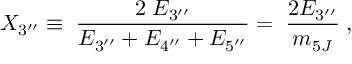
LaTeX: X _ { 3 ^ { \prime \prime } } \equiv \; \frac { 2 \; E _ { 3 ^ { \prime \prime } } } { E _ { 3 ^ { \prime \prime } } + E _ { 4 ^ { \prime \prime } } + E _ { 5 ^ { \prime \prime } } } = \; \frac { 2 E _ { 3 ^ { \prime \prime } } } { m _ { 5 J } } \; ,